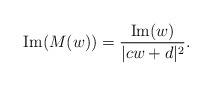
\begin{align*} {\rm Im}(M(w)) = \frac{{\rm Im}(w)}{|cw+d|^{2}}.\end{align*}